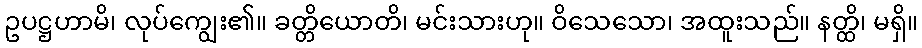
ဥပဋ္ဌဟာမိ၊ လုပ်ကျွေး၏။ ခတ္တိယောတိ၊ မင်းသားဟု။ ဝိသေသော၊ အထူးသည်။ နတ္ထိ၊ မရှိ။